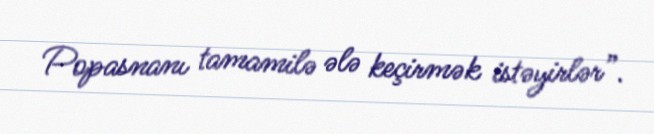
Popasnanı tamamilə ələ keçirmək istəyirlər”.